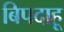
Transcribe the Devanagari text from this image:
बिपदाहू